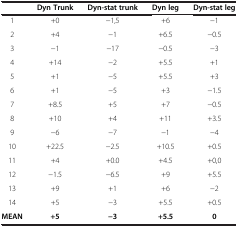
|  | Dyn Trunk | Dyn-stat trunk | Dyn leg | Dyn-stat leg |
 | --- | --- | --- | --- | --- |
 | 1 | +0 | −1,5 | +6 | −1 |
 | 2 | +4 | −1 | +6.5 | −0.5 |
 | 3 | −1 | −17 | −0.5 | −3 |
 | 4 | +14 | −2 | +5.5 | +1 |
 | 5 | +1 | −5 | +5.5 | +3 |
 | 6 | +1 | −5 | +3 | −1.5 |
 | 7 | +8.5 | +5 | +7 | −0.5 |
 | 8 | +10 | +4 | +11 | +3.5 |
 | 9 | −6 | −7 | −1 | −4 |
 | 10 | +22.5 | −2.5 | +10.5 | +0.5 |
 | 11 | +4 | +0.0 | +4.5 | +0,0 |
 | 12 | −1.5 | −6.5 | +9 | +5.5 |
 | 13 | +9 | +1 | +6 | −2 |
 | 14 | +5 | −3 | +5.5 | +0.5 |
 | MEAN | +5 | −3 | +5.5 | 0 |